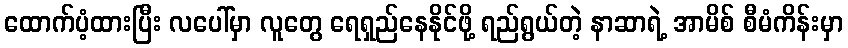
ထောက်ပံ့ထားပြီး လပေါ်မှာ လူတွေ ရေရှည်နေနိုင်ဖို့ ရည်ရွယ်တဲ့ နာဆာရဲ့ အာမိစ် စီမံကိန်းမှာ